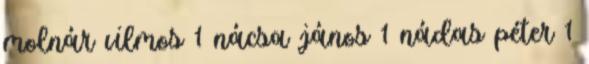
molnár vilmos 1 nácsa jános 1 nádas péter 1